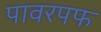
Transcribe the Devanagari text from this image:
पावरपफ